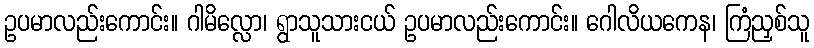
ဥပမာလည်းကောင်း။ ဂါမိလ္လော၊ ရွာသူသားငယ် ဥပမာလည်းကောင်း။ ဂေါလိယကေန၊ ကြံညှစ်သူ